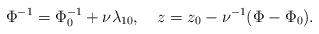
LaTeX: \begin{align*}\Phi^{-1}=\Phi_0^{-1}+\nu\lambda_{10},\quad z=z_0-\nu^{-1}(\Phi-\Phi_0).\end{align*}